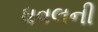
ધવલની